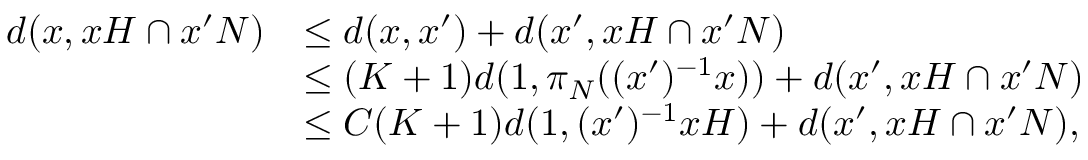
\begin{array} { r l } { d ( x , x H \cap x ^ { \prime } N ) } & { \leq d ( x , x ^ { \prime } ) + d ( x ^ { \prime } , x H \cap x ^ { \prime } N ) } \\ & { \leq ( K + 1 ) d ( 1 , \pi _ { N } ( ( x ^ { \prime } ) ^ { - 1 } x ) ) + d ( x ^ { \prime } , x H \cap x ^ { \prime } N ) } \\ & { \leq C ( K + 1 ) d ( 1 , ( x ^ { \prime } ) ^ { - 1 } x H ) + d ( x ^ { \prime } , x H \cap x ^ { \prime } N ) , } \end{array}